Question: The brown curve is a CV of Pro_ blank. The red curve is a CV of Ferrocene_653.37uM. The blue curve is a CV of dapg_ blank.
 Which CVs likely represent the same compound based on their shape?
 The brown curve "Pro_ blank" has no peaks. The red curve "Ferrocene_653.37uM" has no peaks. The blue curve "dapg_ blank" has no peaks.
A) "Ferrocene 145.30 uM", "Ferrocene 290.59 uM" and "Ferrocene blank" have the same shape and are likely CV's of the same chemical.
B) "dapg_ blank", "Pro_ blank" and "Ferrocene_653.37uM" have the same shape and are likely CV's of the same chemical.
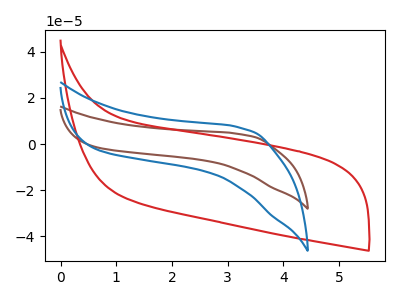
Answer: <think>Neither "Pro_ blank" or "Ferrocene_653.37uM" have any peaks. Neither "Pro_ blank" or "dapg_ blank" have any peaks. Neither "Ferrocene_653.37uM" or "dapg_ blank" have any peaks.
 </think>
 <answer>B) "dapg_ blank", "Pro_ blank" and "Ferrocene_653.37uM" have the same shape and are likely CV's of the same chemical.</answer>
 <eval>B</eval>